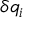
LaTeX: \delta q _ { i }